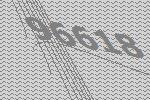
96618